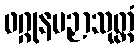
ဖဂ္ဂုနပဉှာသုတ္တံ